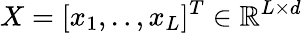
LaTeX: X=[x_{1},..,x_{L}]^{T}\in\mathbb{R}^{L\times d}